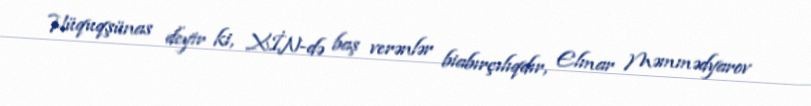
Hüquqşünas deyir ki, XİN-də baş verənlər biabırçılıqdır, Elmar Məmmədyarov